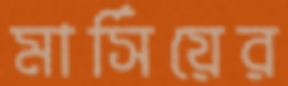
মার্সিয়ের